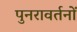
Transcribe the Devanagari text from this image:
पुनरावर्तनों